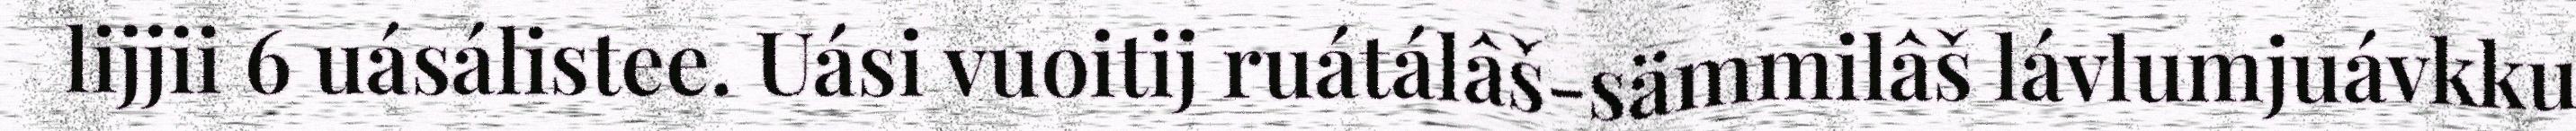
lijjii 6 uásálistee. Uási vuoitij ruátálâš-sämmilâš lávlumjuávkku